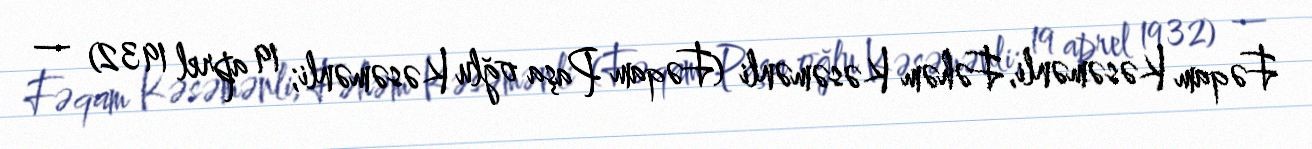
Fəqam Kəsəmənli, Fəhəm Kəsəmənli (Fəqam Paşa oğlu Kəsəmənli; 19 aprel 1932) —